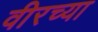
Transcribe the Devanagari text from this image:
वीरच्या